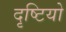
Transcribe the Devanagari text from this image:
दृष्टियो